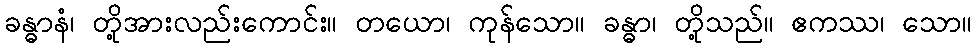
ခန္ဓာနံ၊ တို့အားလည်းကောင်း။ တယော၊ ကုန်သော။ ခန္ဓာ၊ တို့သည်။ ဧကဿ၊ သော။